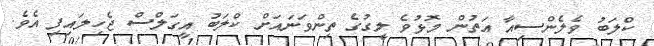
ކްލަބު ވެލެންސިއާ އަތުން މޮޅުވެ ލީގުގެ ތިންވަނައަށް ކްލަބު އީގަލްސް ޖެހިލައިފި އެވެ.